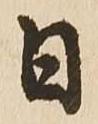
日